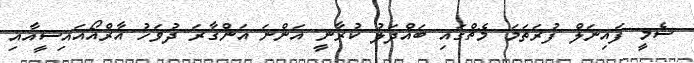
ސެމީ ފައިނަލް ފުރަތަމަ މެޗްގައި ބައްދަލު ކުރާނީ އަންނަ އަންގާރަ ދުވަހު އާރްއޯއައިސީއާއި